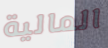
المالية